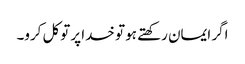
اگر ایمان رکھتے ہو تو خدا پر توکل کرو۔